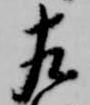
左